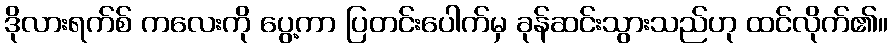
ဒိုလားရက်စ် ကလေးကို ပွေ့ကာ ပြတင်းပေါက်မှ ခုန်ဆင်းသွားသည်ဟု ထင်လိုက်၏။